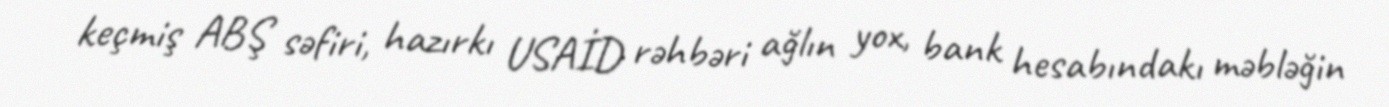
keçmiş ABŞ səfiri, hazırkı USAİD rəhbəri ağlın yox, bank hesabındakı məbləğin